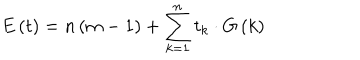
E \left( t \right) = n \left( m - 1 \right) + \sum _ { k = 1 } ^ { n } t _ { k } \cdot G \left( k \right)